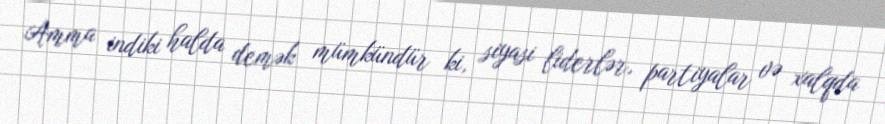
Amma indiki halda demək mümkündür ki, siyasi liderlər, partiyalar və xalqda